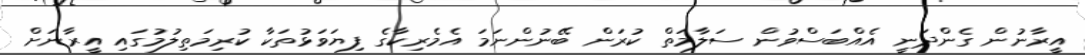
އީރާނުން ގެންދަނީ އެއްބަސްވުން ސަލާމަތް ކުރަން ބޭނުންނަމަ އެމެރިކާގެ ފިޔަވަޅުތަކާ ކުރިމަތިލުމުގައި އީރާނަށް